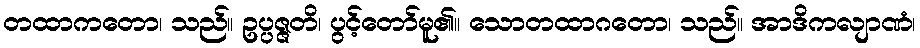
တထာကတော၊ သည်။ ဥပ္ပဇ္ဇတိ၊ ပွင့်တော်မူ၏။ သောတထာဂတော၊ သည်။ အာဒိကလျာဏံ၊